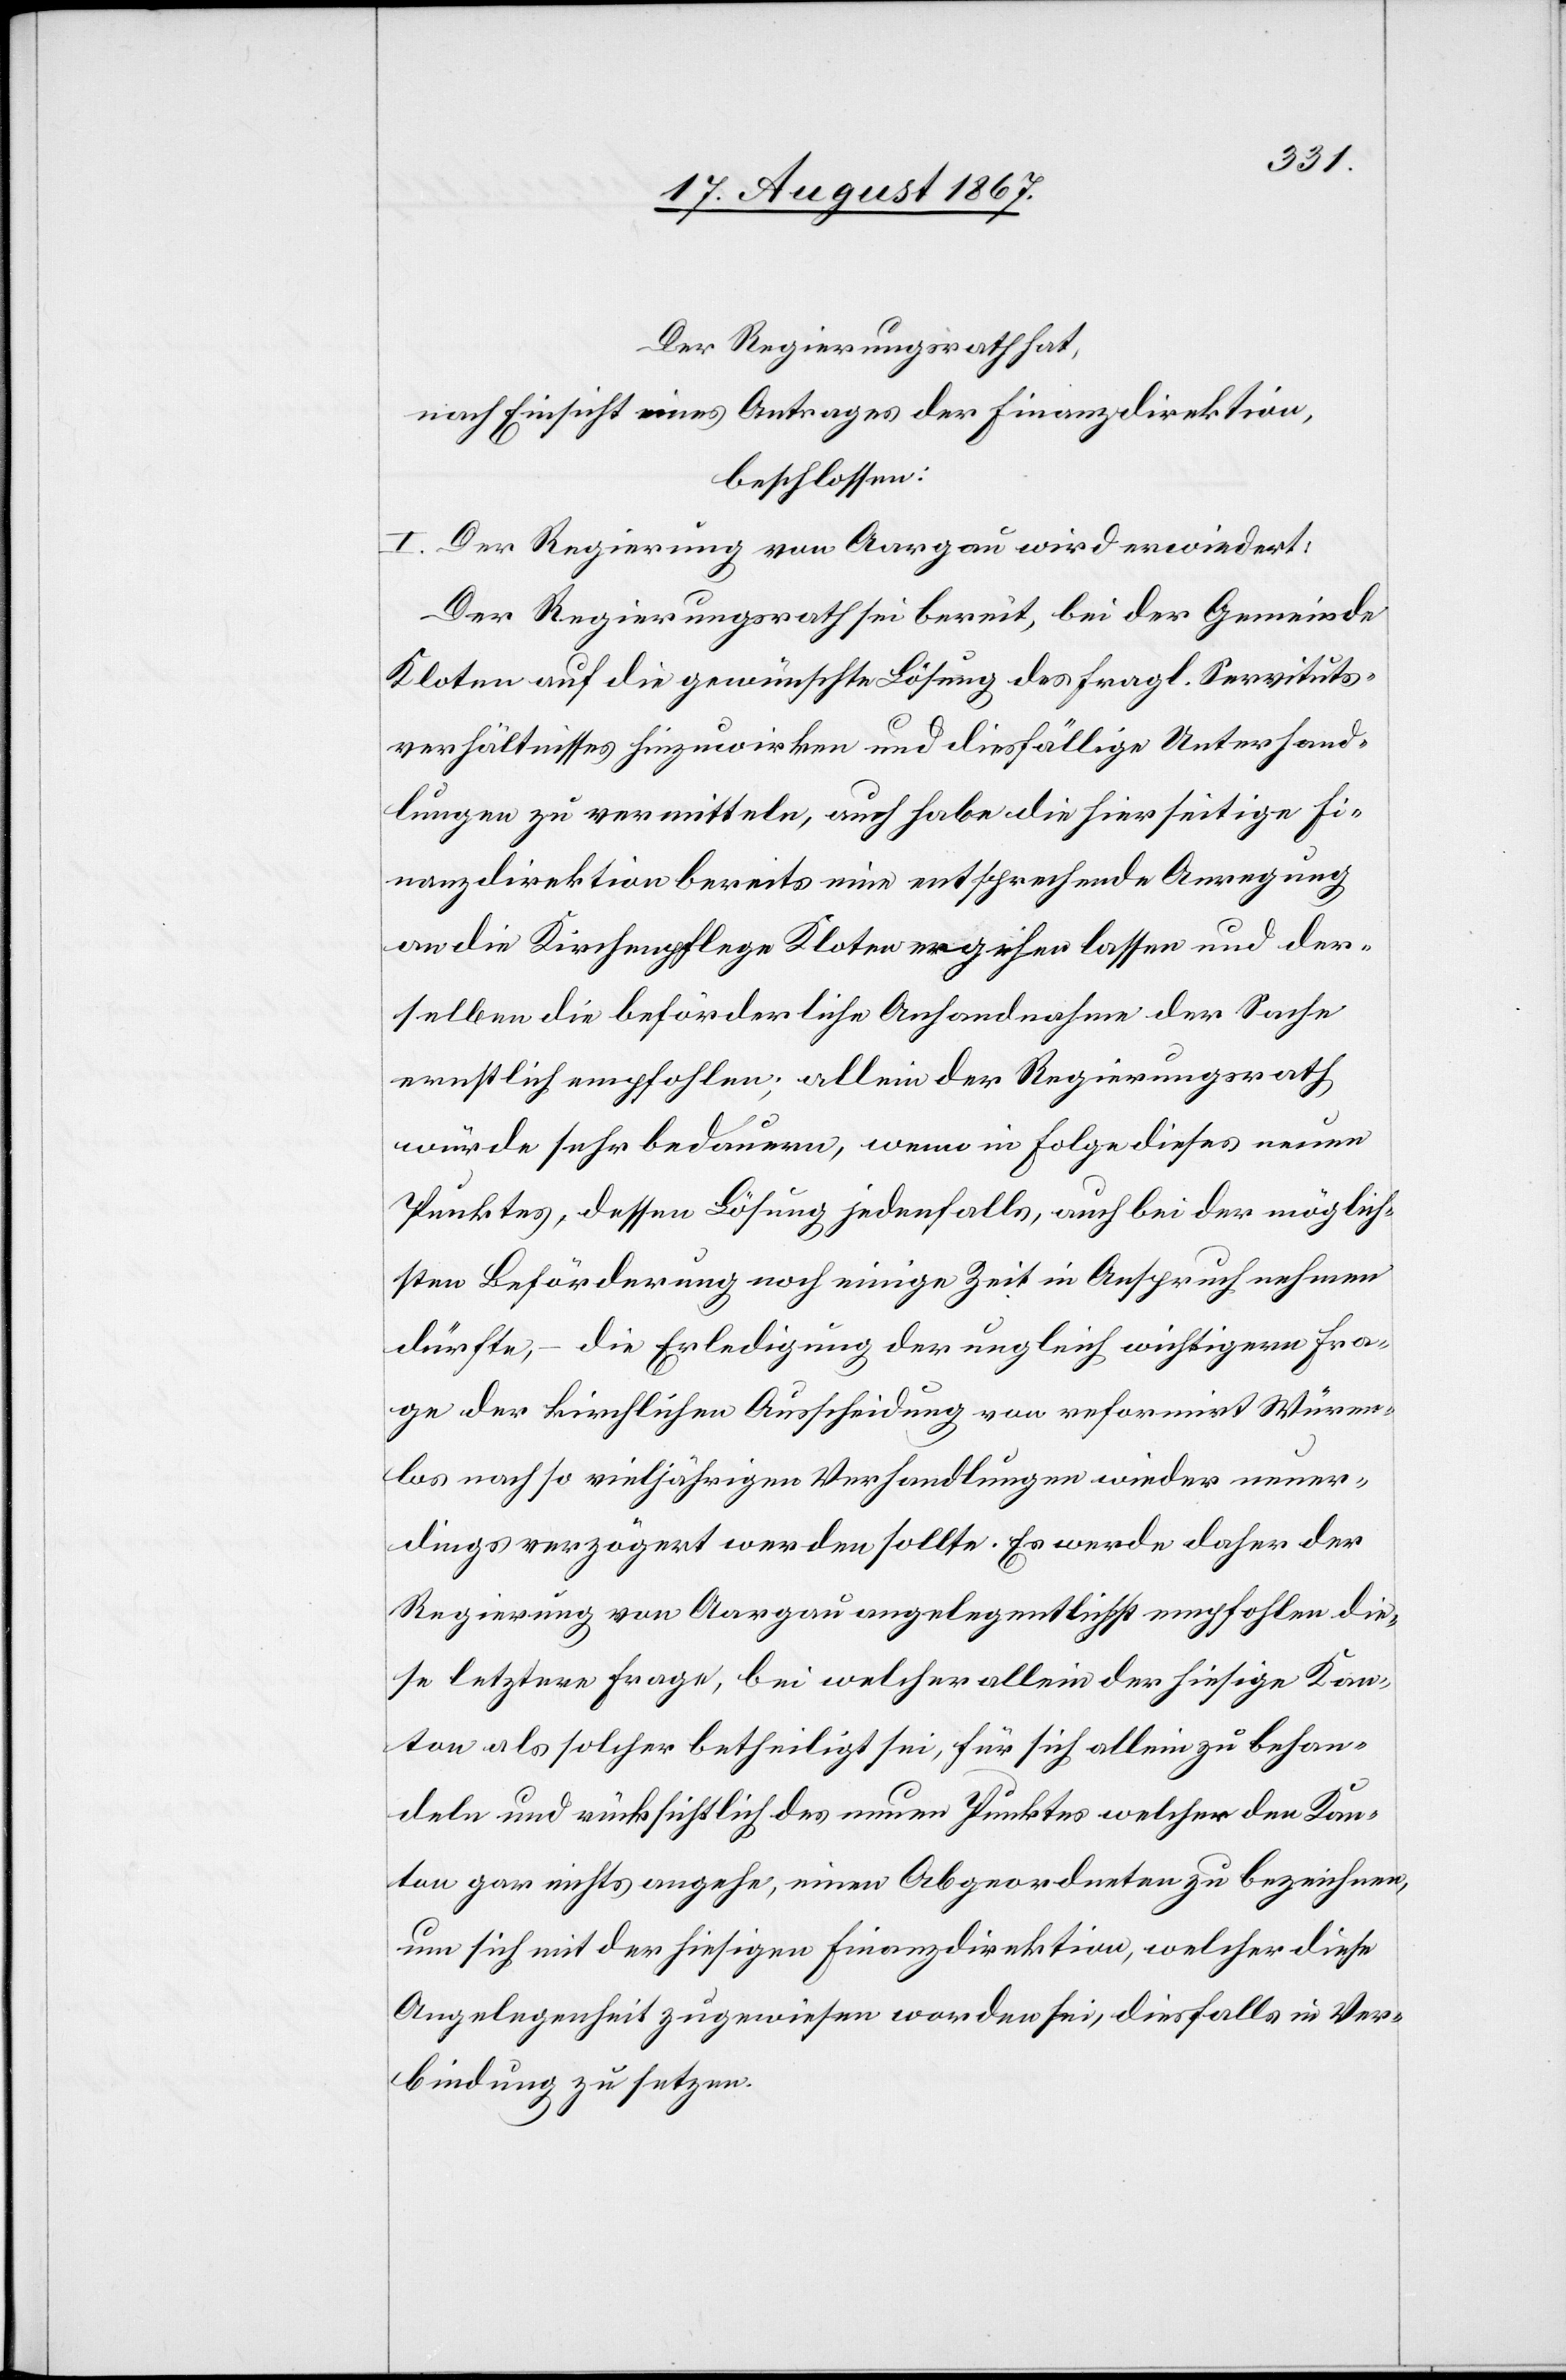
Der Regierungsrath hat,
nach Einsicht eines Antrages der Finanzdirektion,
beschlossen:
I. Der Regierung von Aargau wird erwiedert:
Der Regierungsrath sei bereit, bei der Gemeinde
Kloten auf die gewünschte Lösung des fragl. Servituts¬
verhältnisses hinzuwirken und diesfällige Unterhand¬
lungen zu vermitteln, auch habe die hierseitige Fi¬
nanzdirektion bereits eine entsprechende Anregung
an die Kirchenpflege Kloten ergehen lassen und der¬
selben die beförderliche Anhandnahme der Sache
ernstlich empfohlen; allein der Regierungsrath
würde sehr bedauern, wenn in Folge dieses neuen
Punktes, dessen Lösung jedenfalls, auch bei der möglich¬
sten Beförderung noch einige Zeit in Anspruch nehmen
dürfte, – die Erledigung der ungleich wichtigern Fra¬
ge der kirchlichen Ausscheidung von reformirt Würen¬
los nach so vieljährigen Verhandlungen wieder neuer¬
dings verzögert werden sollte. Es werde daher der
Regierung von Aargau angelegentlich empfohlen die¬
se letztere Frage, bei welcher allein der hiesige Kan¬
ton als solcher betheiligt sei, für sich allein zu behan¬
deln und rücksichtlich des neuen Punktes welcher den Kan¬
ton gar nichts angehe, einen Abgeordneten zu bezeichnen,
um sich mit der hiesigen Finanzdirektion, welcher diese
Angelegenheit zugewiesen worden sei, diesfalls in Ver¬
bindung zu setzen.